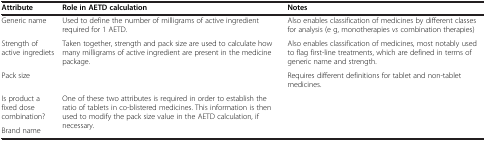
| Attribute | Role in AETD calculation | Notes |
 | --- | --- | --- |
 | Generic name | Used to define the number of milligrams of active ingredient required for 1 AETD. | Also enables classification of medicines by different classes for analysis (e g, monotherapies vs combination therapies) |
 | Strength of active ingrediets | Taken together, strength and pack size are used to calculate how many milligrams of active ingredient are present in the medicine package. | Also enables classification of medicines, most notably used to flag first-line treatments, which are defined in terms of generic name and strength. |
 | Pack size |  | Requires different definitions for tablet and non-tablet medicines. |
 | Is product a fixed dose combination? | One of these two attributes is required in order to establish the ratio of tablets in co-blistered medicines. This information is then used to modify the pack size value in the AETD calculation, if necessary. |  |
 | Brand name |  |  |